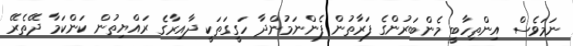
ނަމަވެސް އިންތިހާބީ މެންބަރުންގެ ފަރާތުން ފެންނަމުންދާ ހަގީގަތަކީ ދާއިރާގެ ރައްޔިތުން ކަންކަމާ ދޭތެރޭ